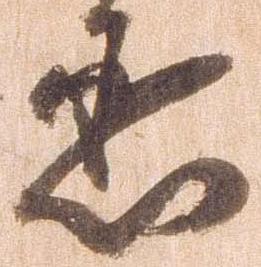
丞